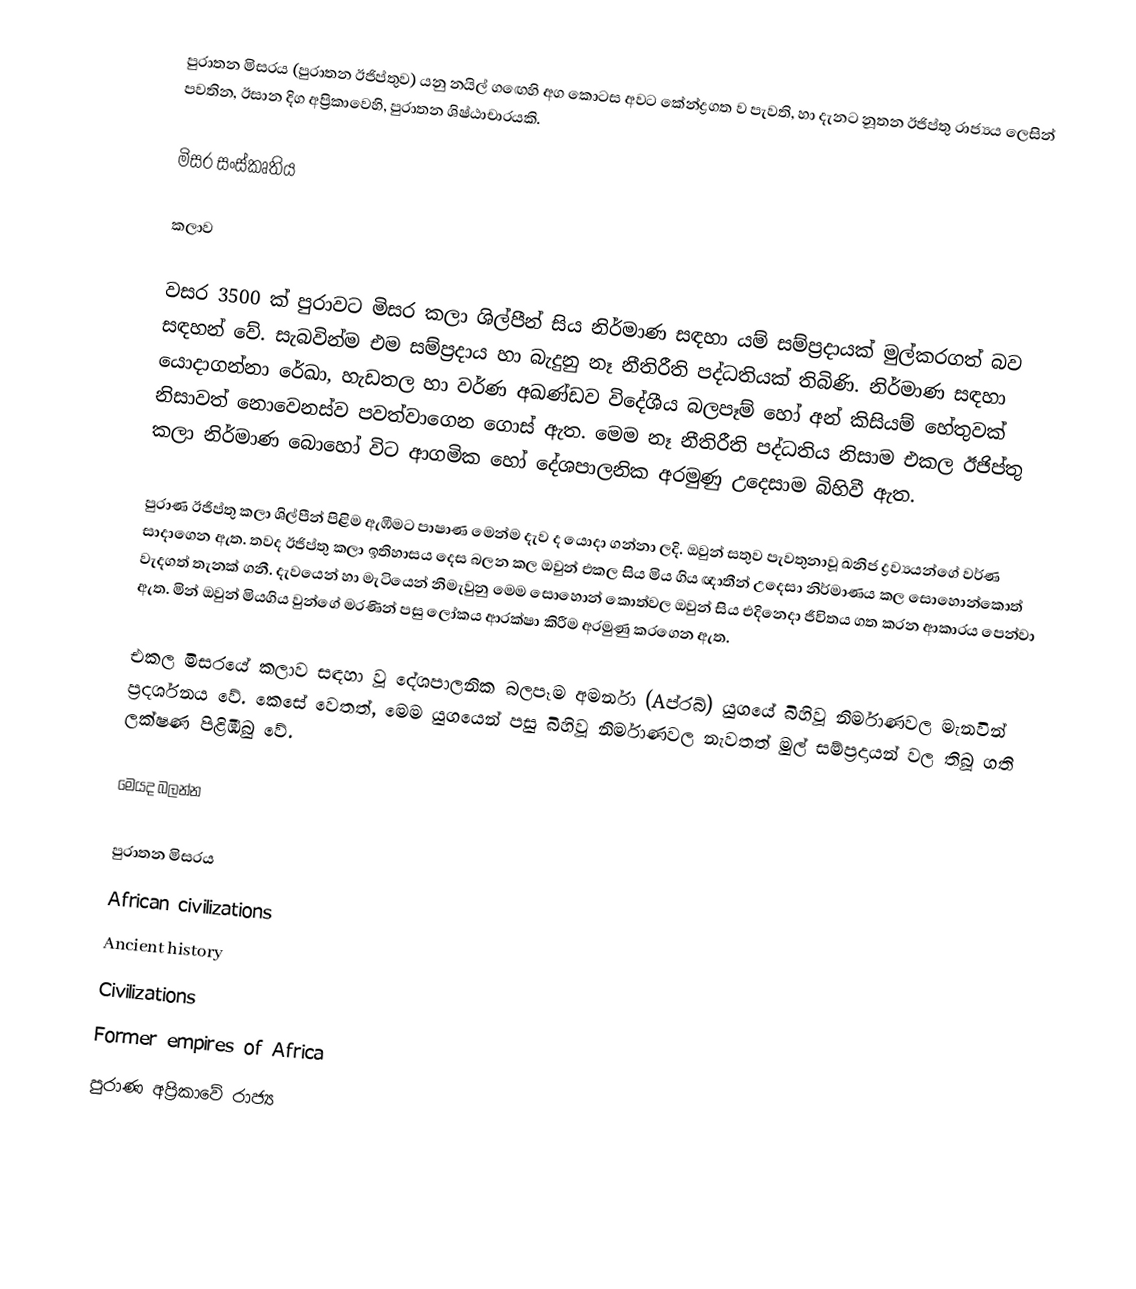
පුරාතන මිසරය (පුරාතන ඊජිප්තුව) යනු නයිල් ග‍ඟෙහි අග කොටස අවට කේන්ද්‍රගත ව පැවති, හා දැනට නූතන ඊජිප්තු රාජ්‍යය ලෙසින් පවතින, ඊසාන දිග අප්‍රිකාවෙහි, පුරාතන ශිෂ්ඨාචාරයකි.

මිසර සංස්කෘතිය

කලාව

වසර 3500 ක් පුරාවට මිසර කලා ශිල්පීන් සිය නිර්මාණ සඳහා යම් සම්ප්‍රදායක් මුල්කරගත් බව සඳහන් වේ. සැබවින්ම එම සම්ප්‍රදාය හා බැදුනු නෑ නීතිරීති පද්ධතියක් තිබිණි. නිර්මාණ සඳහා යොදාගන්නා රේඛා, හැඩතල හා වර්ණ අඛණ්ඩව විදේශීය බලපෑම් හෝ අන් කිසියම් හේතුවක් නිසාවත් නොවෙනස්ව පවත්වාගෙන ගොස් ඇත. මෙම නෑ නීතිරීති පද්ධතිය නිසාම එකල ඊජිප්තු කලා නිර්මාණ බොහෝ විට ආගමික හෝ දේශපාලනික අරමුණු උදෙසාම බිහිවී ඇත.

පුරාණ ඊජිප්තු කලා ශිල්පීන් පිළිම ඇඹීමට පාෂාණ මෙන්ම දැව ද යොදා ගන්නා ලදි. ඔවුන් සතුව පැවතුනාවූ ඛනිජ ද්‍රව්‍යයන්ගේ වර්ණ සාදාගෙන ඇත. තවද ඊජිප්තු කලා ඉතිහාසය දෙස බලන කල ඔවුන් එකල සිය මිය ගිය ඥාතීන් උදෙසා නිර්මාණය කල සොහොන්කොත් වැදගත් තැනක් ගනී. දැවයෙන් හා මැටියෙන් නිමැවුනු මෙම සොහොන් කොත්වල ඔවුන් සිය එදිනෙදා ජීවිතය ගත කරන ආකාරය පෙන්වා ඇත. මින් ඔවුන් මියගිය වුන්ගේ මරණින් පසු ලෝකය ආරක්ෂා කිරීම අරමුණු කරගෙන ඇත.

එකල මිසරයේ කලාව සඳහා වූ දේශපාලනික බලපෑම අමර්නා (Aප්රබ්) යුගයේ බිහිවූ නිර්මාණවල මැනවින් ප්‍රදර්ශනය වේ. කෙසේ වෙතත්, මෙම යුගයෙන් පසු බිහිවූ නිර්මාණවල නැවතත් මුල් සම්ප්‍රදායන් වල තිබූ ගති ලක්ෂණ පිළිඹිබු වේ.

මෙයද බලන්න

පුරාතන මිසරය
African civilizations
Ancient history
Civilizations
Former empires of Africa
පුරාණ අප්‍රිකාවේ රාජ්‍ය